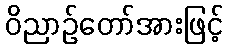
ဝိညာဉ်တော်အားဖြင့်